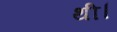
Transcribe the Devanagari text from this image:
थी।